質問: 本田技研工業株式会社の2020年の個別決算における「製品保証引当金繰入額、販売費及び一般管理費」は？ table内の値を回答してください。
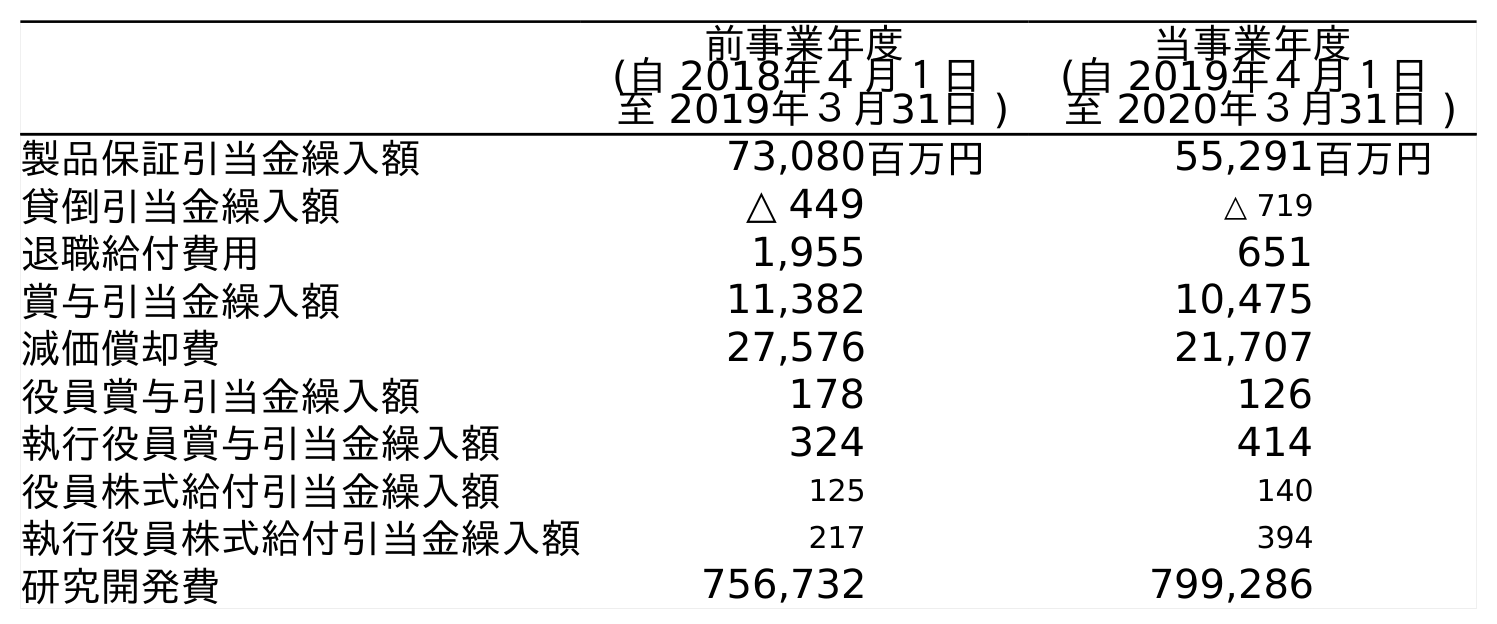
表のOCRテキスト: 前事業年度 (自 2018年４月１日 至 2019年３月31日 ) 当事業年度 (自 2019年４月１日 至 2020年３月31日 ) 製品保証引当金繰入額 73,080百万円 55,291百万円 貸倒引当金繰入額 △ 449 △ 719 退職給付費用 1,955 651 賞与引当金繰入額 11,382 10,475 減価償却費 27,576 21,707 役員賞与引当金繰入額 178 126 執行役員賞与引当金繰入額 324 414 役員株式給付引当金繰入額 125 140 執行役員株式給付引当金繰入額 217 394 研究開発費 756,732 799,286
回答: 55,291